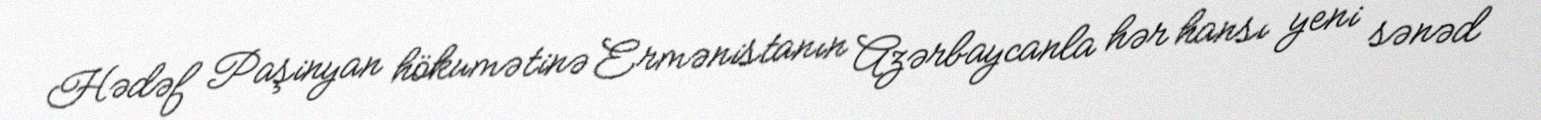
Hədəf Paşinyan hökumətinə Ermənistanın Azərbaycanla hər hansı yeni sənəd